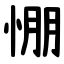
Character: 㥊